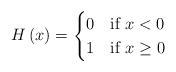
LaTeX: \begin{align*}H\left(x\right)=\begin{cases}0 & \mbox{if }x<0\\1 & \mbox{if }x\geq0\end{cases}\end{align*}